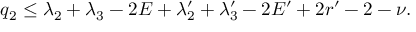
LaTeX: q _ { 2 } \le \lambda _ { 2 } + \lambda _ { 3 } - 2 E + \lambda _ { 2 } ^ { \prime } + \lambda _ { 3 } ^ { \prime } - 2 E ^ { \prime } + 2 r ^ { \prime } - 2 - \nu .